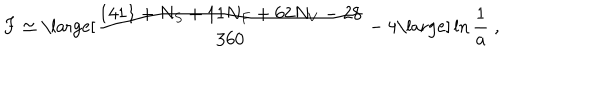
LaTeX: F \simeq \mathrm { \large [ } { \frac { 1 4 1 1 + N _ { S } + 1 1 N _ { F } + 6 2 N _ { V } - 2 8 } { 3 6 0 } } - 4 \mathrm { \large ] } \ln { { \frac { 1 } { a } } } \; ,